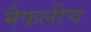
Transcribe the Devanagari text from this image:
मैफलीच